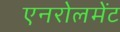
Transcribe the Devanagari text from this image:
एनरोलमेंट